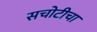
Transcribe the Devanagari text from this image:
सचोटीचा